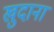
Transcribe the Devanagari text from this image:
खुदाना